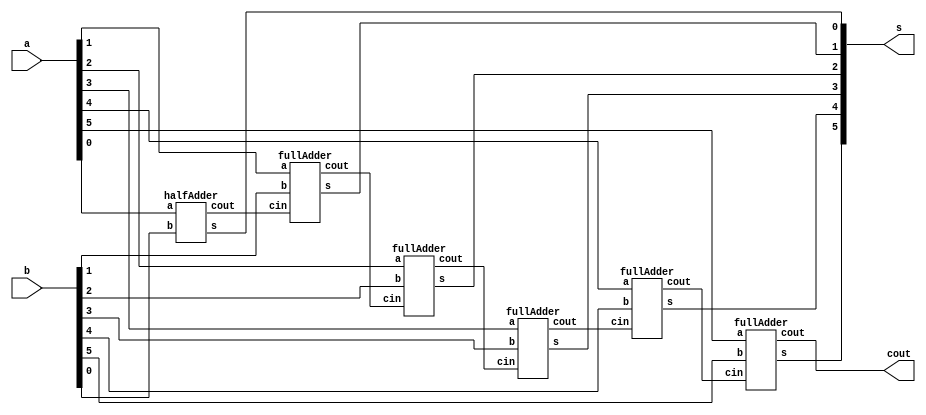

// ------------------------- 
// Exemplo0031 - FULL ADDER AND SUBSTRACTOR 
// Nome: Thaise Souto Martins 
// ------------------------- 
// ------------------------- 
// full adder & subtractor
// ------------------------- 


module Exercicio04(cout, s, a, b);
//-----definir dados
	output[5:0] s;
	output cout;
	input[5:0] a, b;
	wire fio1, fio2, fio3,fio4,fio5;

	halfAdder HALFADDER1(fio1, s[0], a[0], b[0]);
	fullAdder FULLADDER1(fio2, s[1], fio1, a[1], b[1]);
	fullAdder FULLADDER2(fio3, s[2], fio2, a[2], b[2]);
	fullAdder FULLADDER3(fio4, s[3], fio3, a[3], b[3]);
	fullAdder FULLADDER4(fio5, s[4], fio4, a[4], b[4]);
	fullAdder FULLADDER5(cout, s[5], fio5, a[5], b[5]);
	
endmodule// fim exercicio04

module fullAdder(cout, s, cin, a, b);
	output cout, s;
	input cin, a, b;
	wire fio1, fio2, fio3;
	halfAdder HALFADDER1(fio2, fio1, a, b);
	halfAdder HALFADDER2(fio3, s, fio1, cin);
	or OR1(cout, fio3, fio2);
endmodule // fim full adder

module halfAdder(cout, s, a, b);
	output cout, s;
	input a, b;
	xor XOR1(s, a, b);
	and AND1(cout, a, b);
endmodule //fim half adder 

module decrementar(input[5:0] a, output[5:0] s);
nand nand01(s[0],a[0],1);
xor xOr02(s[1],a[1]);
xor xOr03(s[2],a[2]);
xor xOr04(s[3],a[3]);
xor xOr05(s[4],a[4]);
xor xOr06(s[5],a[5]);
endmodule

module testeExercicio04;
	reg[5:0] a, b;
	wire[5:0] s,s2;
	wire cout;
	
	Exercicio04 FULL(cout, s, a, b);
	decrementar Dec(s,s2);
	
	initial begin
	
	a=101101;
	b=010010;
	
	$display("Exercicio 03 - Thaise Souto Martins");
	$display("Decremento de 1");
	#1 $display(" %b +- %b = %b  %b",a,b,s,cout);
	#1 $display("Decremento de 1 = %b",s2);
   a=111101;
	b=000110;
	#1 $display(" %b +- %b = %b  %b",a,b,s,cout);
	#1 $display("Decremento de 1 = %b",s2);
   a=100001;
	b=010011;
	#1 $display(" %b +- %b = %b  %b",a,b,s,cout);
	#1 $display("Decremento de 1 = %b",s2);
		
	end
	endmodule//---- fim exercicio01